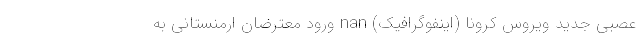
عصبی جدید ویروس کرونا (اینفوگرافیک) nan ورود معترضان ارمنستانی به